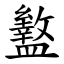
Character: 盭